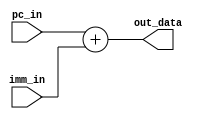
`timescale 1ns / 1ps
//////////////////////////////////////////////////////////////////////////////////
// Company: 
// Engineer: 
// 
// Design Name: 
// Module Name: Adder
// Project Name: 
// Target Devices: 
// Tool Versions: 
// Description: 
// 
// Dependencies: 
// 
// Revision:
// Revision 0.01 - File Created
// Additional Comments:
// 
//////////////////////////////////////////////////////////////////////////////////
//Percentages
//Mason: 33%
//Alex: 33%
// Ali: 33%

module Adder(
    input  [31:0] pc_in, // 32-bit input data
    input  [31:0] imm_in, // 32-bit input data
    output [31:0] out_data // 32-bit output data
);
    assign out_data = pc_in + imm_in; // Perform a 2-bit left shift
endmodule